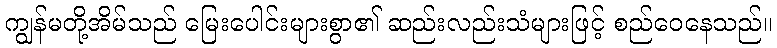
ကျွန်မတို့အိမ်သည် မြေးပေါင်းများစွာ၏ ဆည်းလည်းသံများဖြင့် စည်ဝေနေသည်။